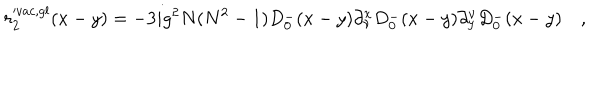
r _ { 2 } ^ { v a c , g l } ( x - y ) = - 3 i g ^ { 2 } N ( N ^ { 2 } - 1 ) D _ { 0 } ^ { - } ( x - y ) \partial _ { \nu } ^ { x } D _ { 0 } ^ { - } ( x - y ) \partial _ { y } ^ { \nu } D _ { 0 } ^ { - } ( x - y ) \quad ,